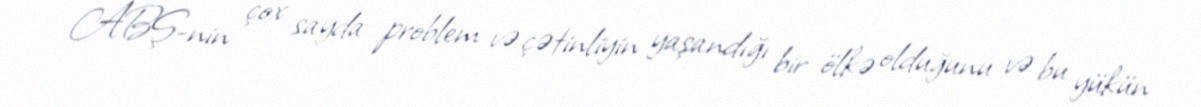
ABŞ-nin çox sayda problem və çətinliyin yaşandığı bir ölkə olduğunu və bu yükün